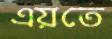
এয়তে